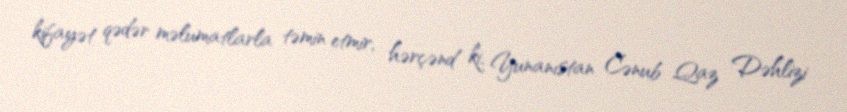
kifayət qədər məlumatlarla təmin etmir, hərçənd ki, Yunanıstan Cənub Qaz Dəhlizi